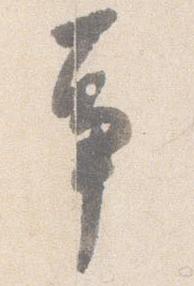
事